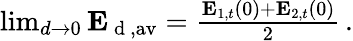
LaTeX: \begin{array}{r}{\operatorname*{lim}_{d\rightarrow 0}\mathbf{E}_{\mathrm{~d~},\mathrm{av}}=\frac{\mathbf{E}_{1,t}(0)+\mathbf{E}_{2,t}(0)}{2}\, .}\end{array}